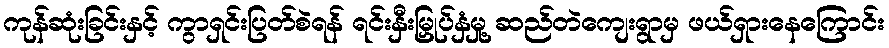
ကုန်ဆုံးခြင်းနှင့် ကွာရှင်းပြတ်စဲရန် ရင်းနှီးမြှုပ်နှံမှု့ ဆည်တဲကျေးရွာမှ ဖယ်ရှားနေကြောင်း